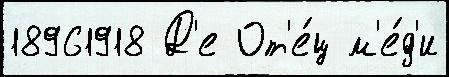
18961918 Д'е От'е́ц м'е́д'и